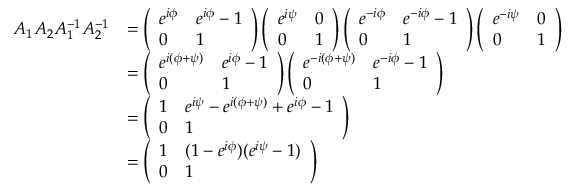
\begin{array} { r l } { A _ { 1 } A _ { 2 } A _ { 1 } ^ { - 1 } A _ { 2 } ^ { - 1 } } & { = \left( \begin{array} { l l } { e ^ { i \phi } } & { e ^ { i \phi } - 1 } \\ { 0 } & { 1 } \end{array} \right) \left( \begin{array} { l l } { e ^ { i \psi } } & { 0 } \\ { 0 } & { 1 } \end{array} \right) \left( \begin{array} { l l } { e ^ { - i \phi } } & { e ^ { - i \phi } - 1 } \\ { 0 } & { 1 } \end{array} \right) \left( \begin{array} { l l } { e ^ { - i \psi } } & { 0 } \\ { 0 } & { 1 } \end{array} \right) } \\ & { = \left( \begin{array} { l l } { e ^ { i ( \phi + \psi ) } } & { e ^ { i \phi } - 1 } \\ { 0 } & { 1 } \end{array} \right) \left( \begin{array} { l l } { e ^ { - i ( \phi + \psi ) } } & { e ^ { - i \phi } - 1 } \\ { 0 } & { 1 } \end{array} \right) } \\ & { = \left( \begin{array} { l l } { 1 } & { e ^ { i \psi } - e ^ { i ( \phi + \psi ) } + e ^ { i \phi } - 1 } \\ { 0 } & { 1 } \end{array} \right) } \\ & { = \left( \begin{array} { l l } { 1 } & { ( 1 - e ^ { i \phi } ) ( e ^ { i \psi } - 1 ) } \\ { 0 } & { 1 } \end{array} \right) } \end{array}